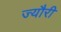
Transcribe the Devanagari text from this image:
ज्यौरी